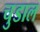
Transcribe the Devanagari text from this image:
चुडाल